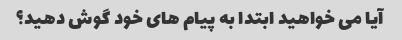
آیا می خواهید ابتدا به پیام های خود گوش دهید؟